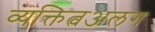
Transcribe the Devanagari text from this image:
व्यक्तित्वअलग